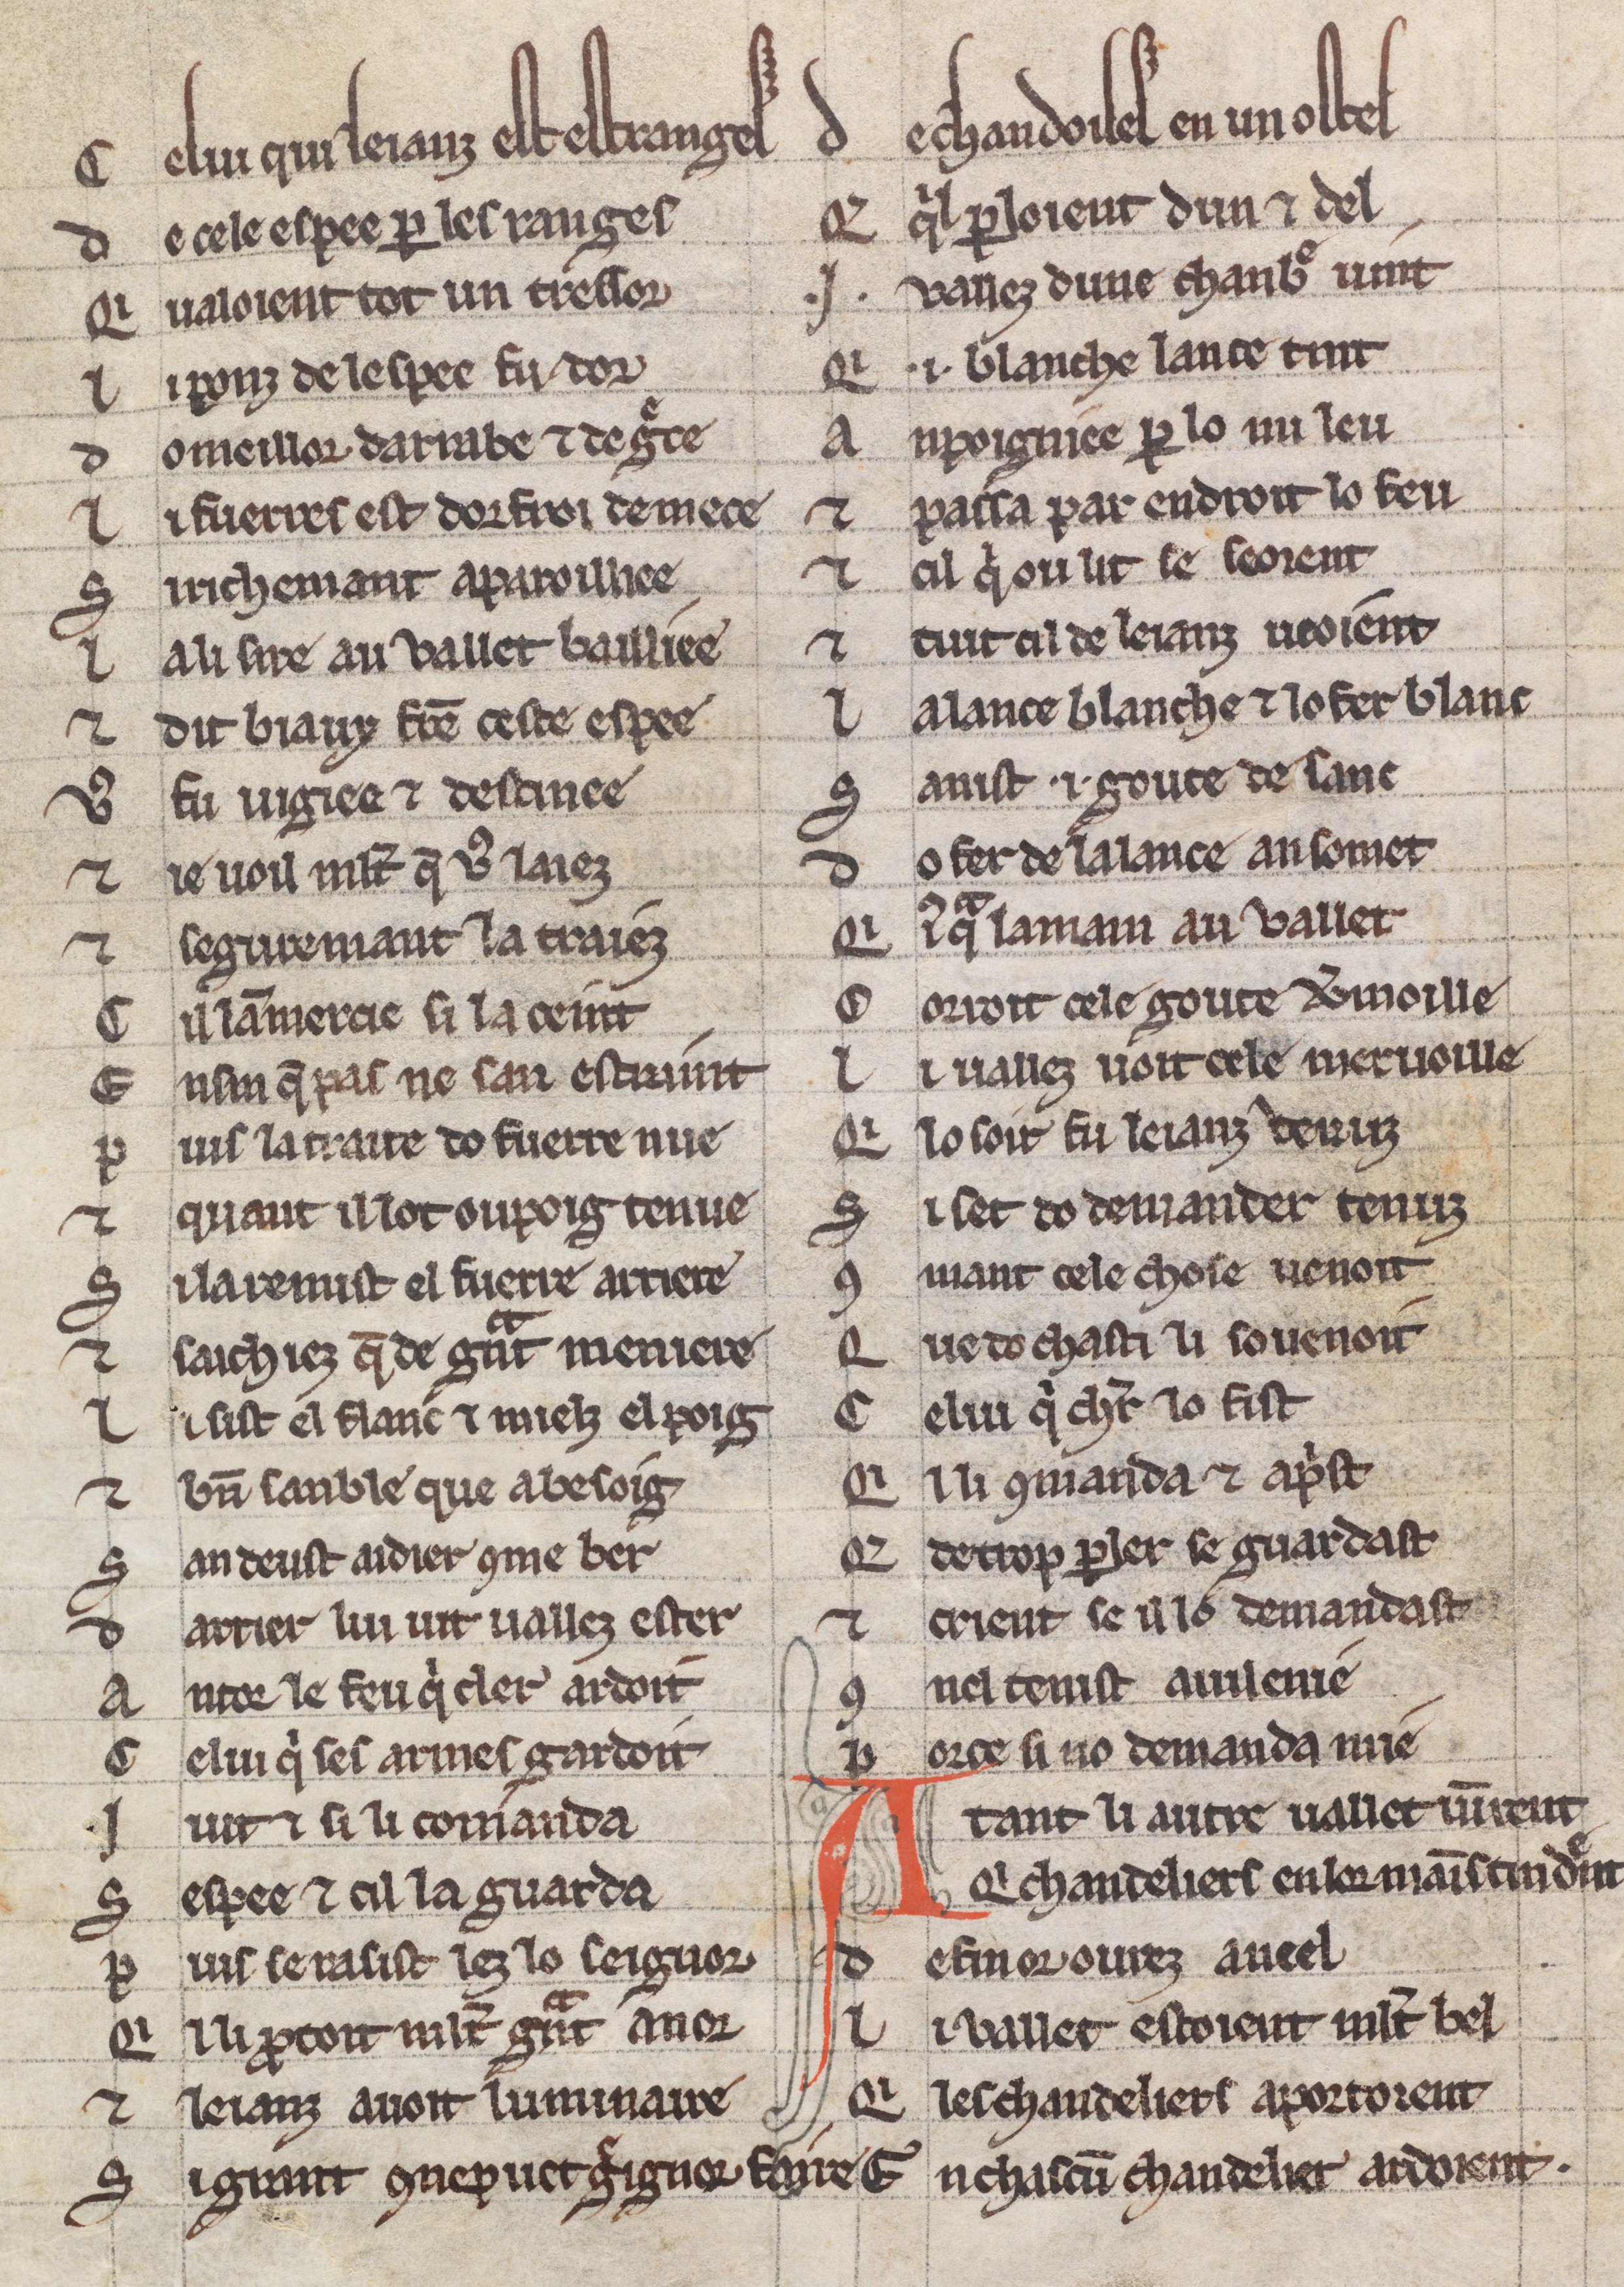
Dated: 1225–1249